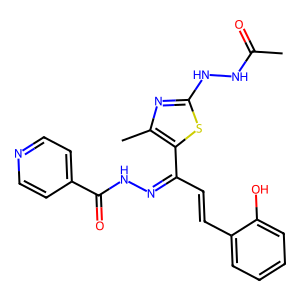
SMILES: CC(=O)NNc1nc(C)c(C(C=Cc2ccccc2O)=NNC(=O)c2ccncc2)s1
Inhibits HIV replication: No